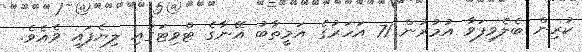
ކުރިން ބެލެވިފަވާ އުމުރުން 71 އަހަރުގެ އަމީތާބު އޭނާގެ ޓްވިޓަގައި ލިޔެފައި ވެއެވެ.